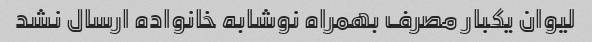
لیوان یکبار مصرف بهمراه نوشابه خانواده ارسال نشد